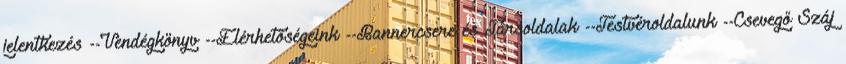
jelentkezés --Vendégkönyv --Elérhetőségeink --Bannercsere és Társoldalak --Testvéroldalunk --Csevegő Száj